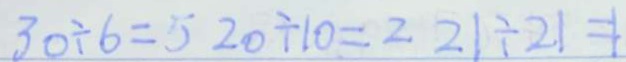
3 0 \div 6 = 5 2 0 \div 1 0 = 2 2 1 \div 2 1 = 1